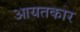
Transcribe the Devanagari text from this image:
आयतकार